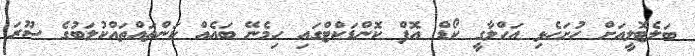
ބަލެޓޮލީއަށް ހުށަހެޅި އަހްލާގީ ކޯޑް އޮފް ކޮންޑަކްޓްގައި ހިމެނޭ ބައެއް ކަންތައްތައްކުލަބުގެ ސޫރަ